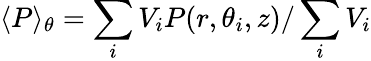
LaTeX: \langle P\rangle_{\theta}=\sum_{i}V_{i}P(r,\theta_{i},z)/\sum_{i}V_{i}